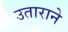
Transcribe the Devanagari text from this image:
उताराने